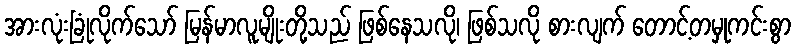
အားလုံးခြုံလိုက်သော် မြန်မာလူမျိုးတို့သည် ဖြစ်နေသလို၊ ဖြစ်သလို စားလျက် တောင့်တမှုကင်းစွာ